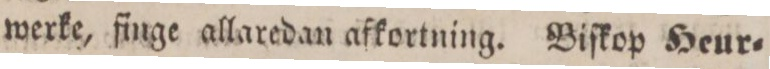
werke, finge allaredan afkortning. Biſkop Heur=